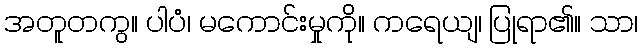
အတူတကွ။ ပါပံ၊ မကောင်းမှုကို။ ကရေယျ၊ ပြုရာ၏။ သာ၊